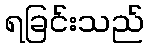
ရခြင်းသည်